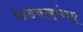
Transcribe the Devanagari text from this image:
भांडवलांच्या